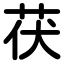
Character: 茯